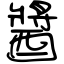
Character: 醬